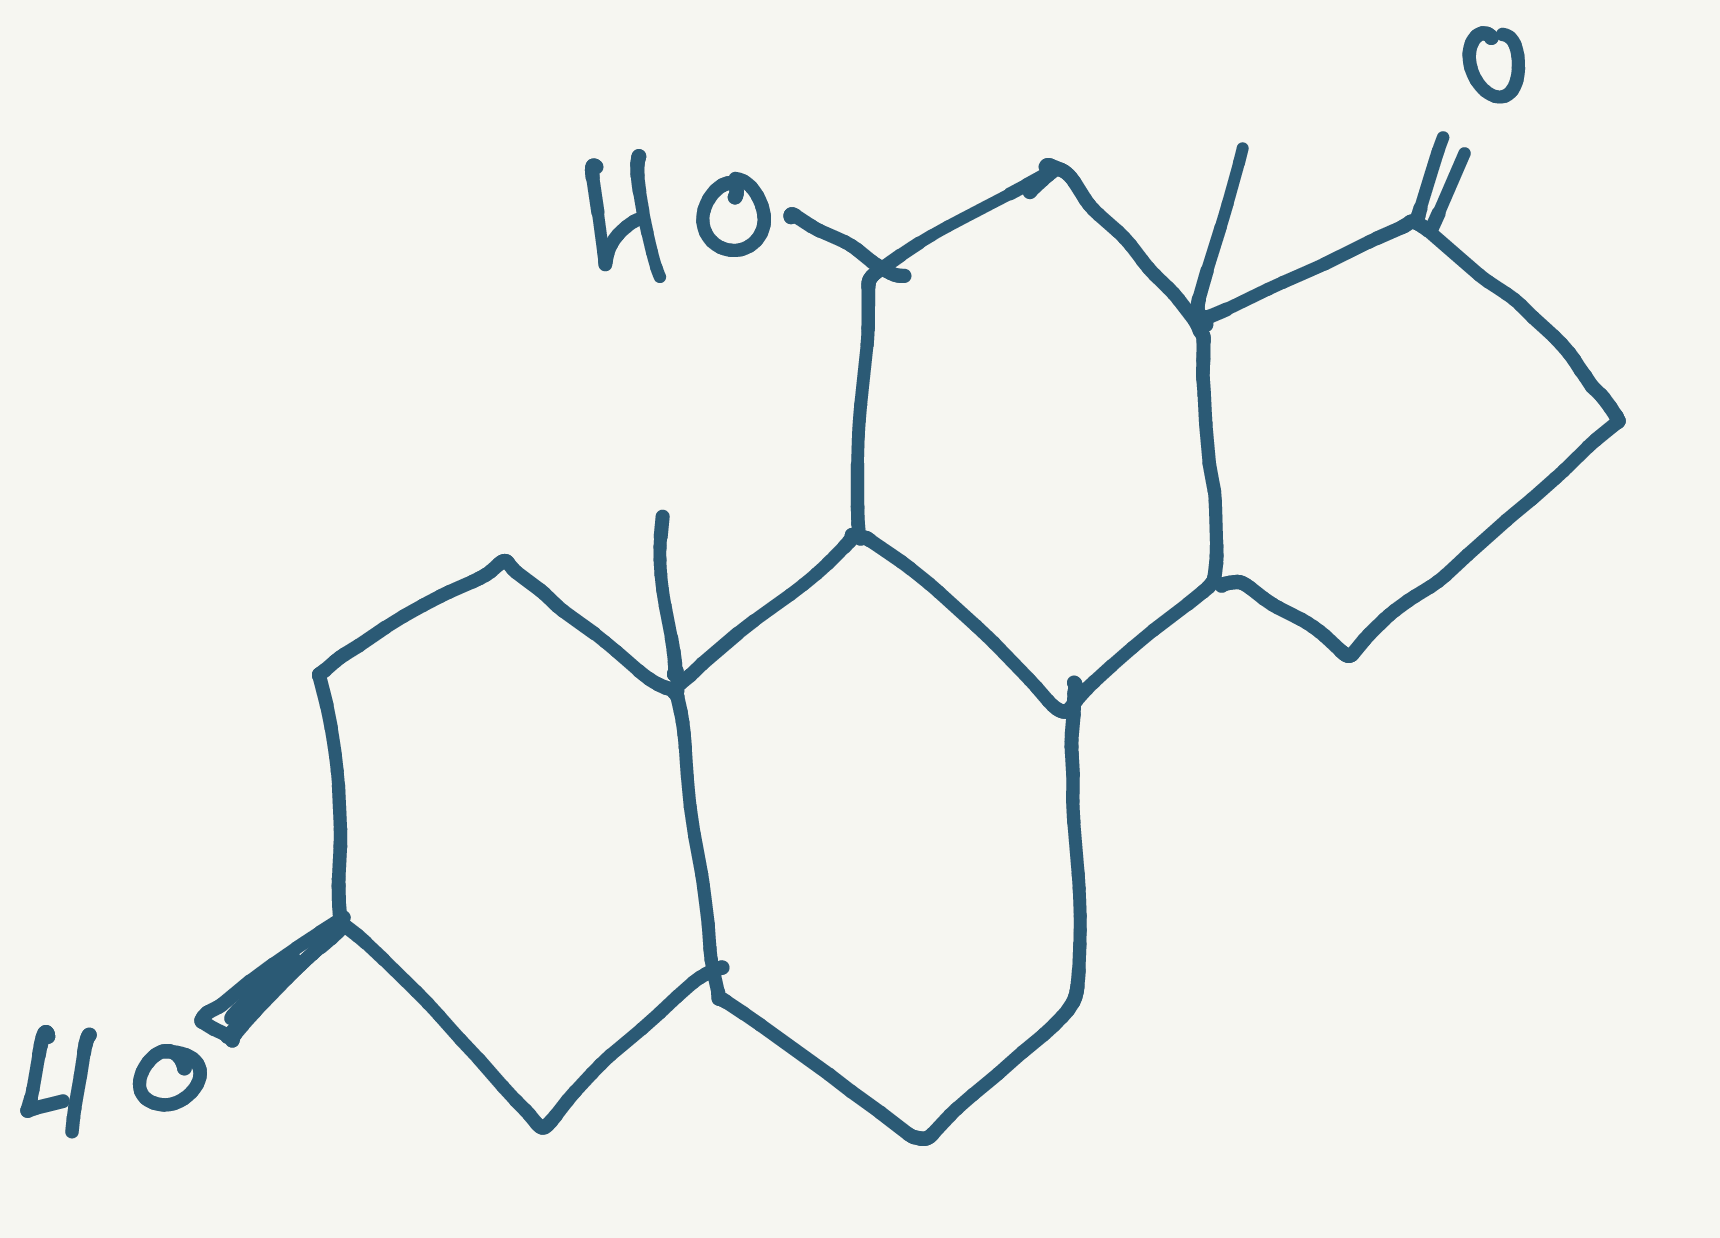
Simplified molecular-input line-entry system (SMILES) notation of the given molecule:
CC12CC[C@@H](CC1CCC3C2C(CC4(C3CCC4=O)C)O)O